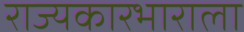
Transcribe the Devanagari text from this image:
राज्यकारभाराला